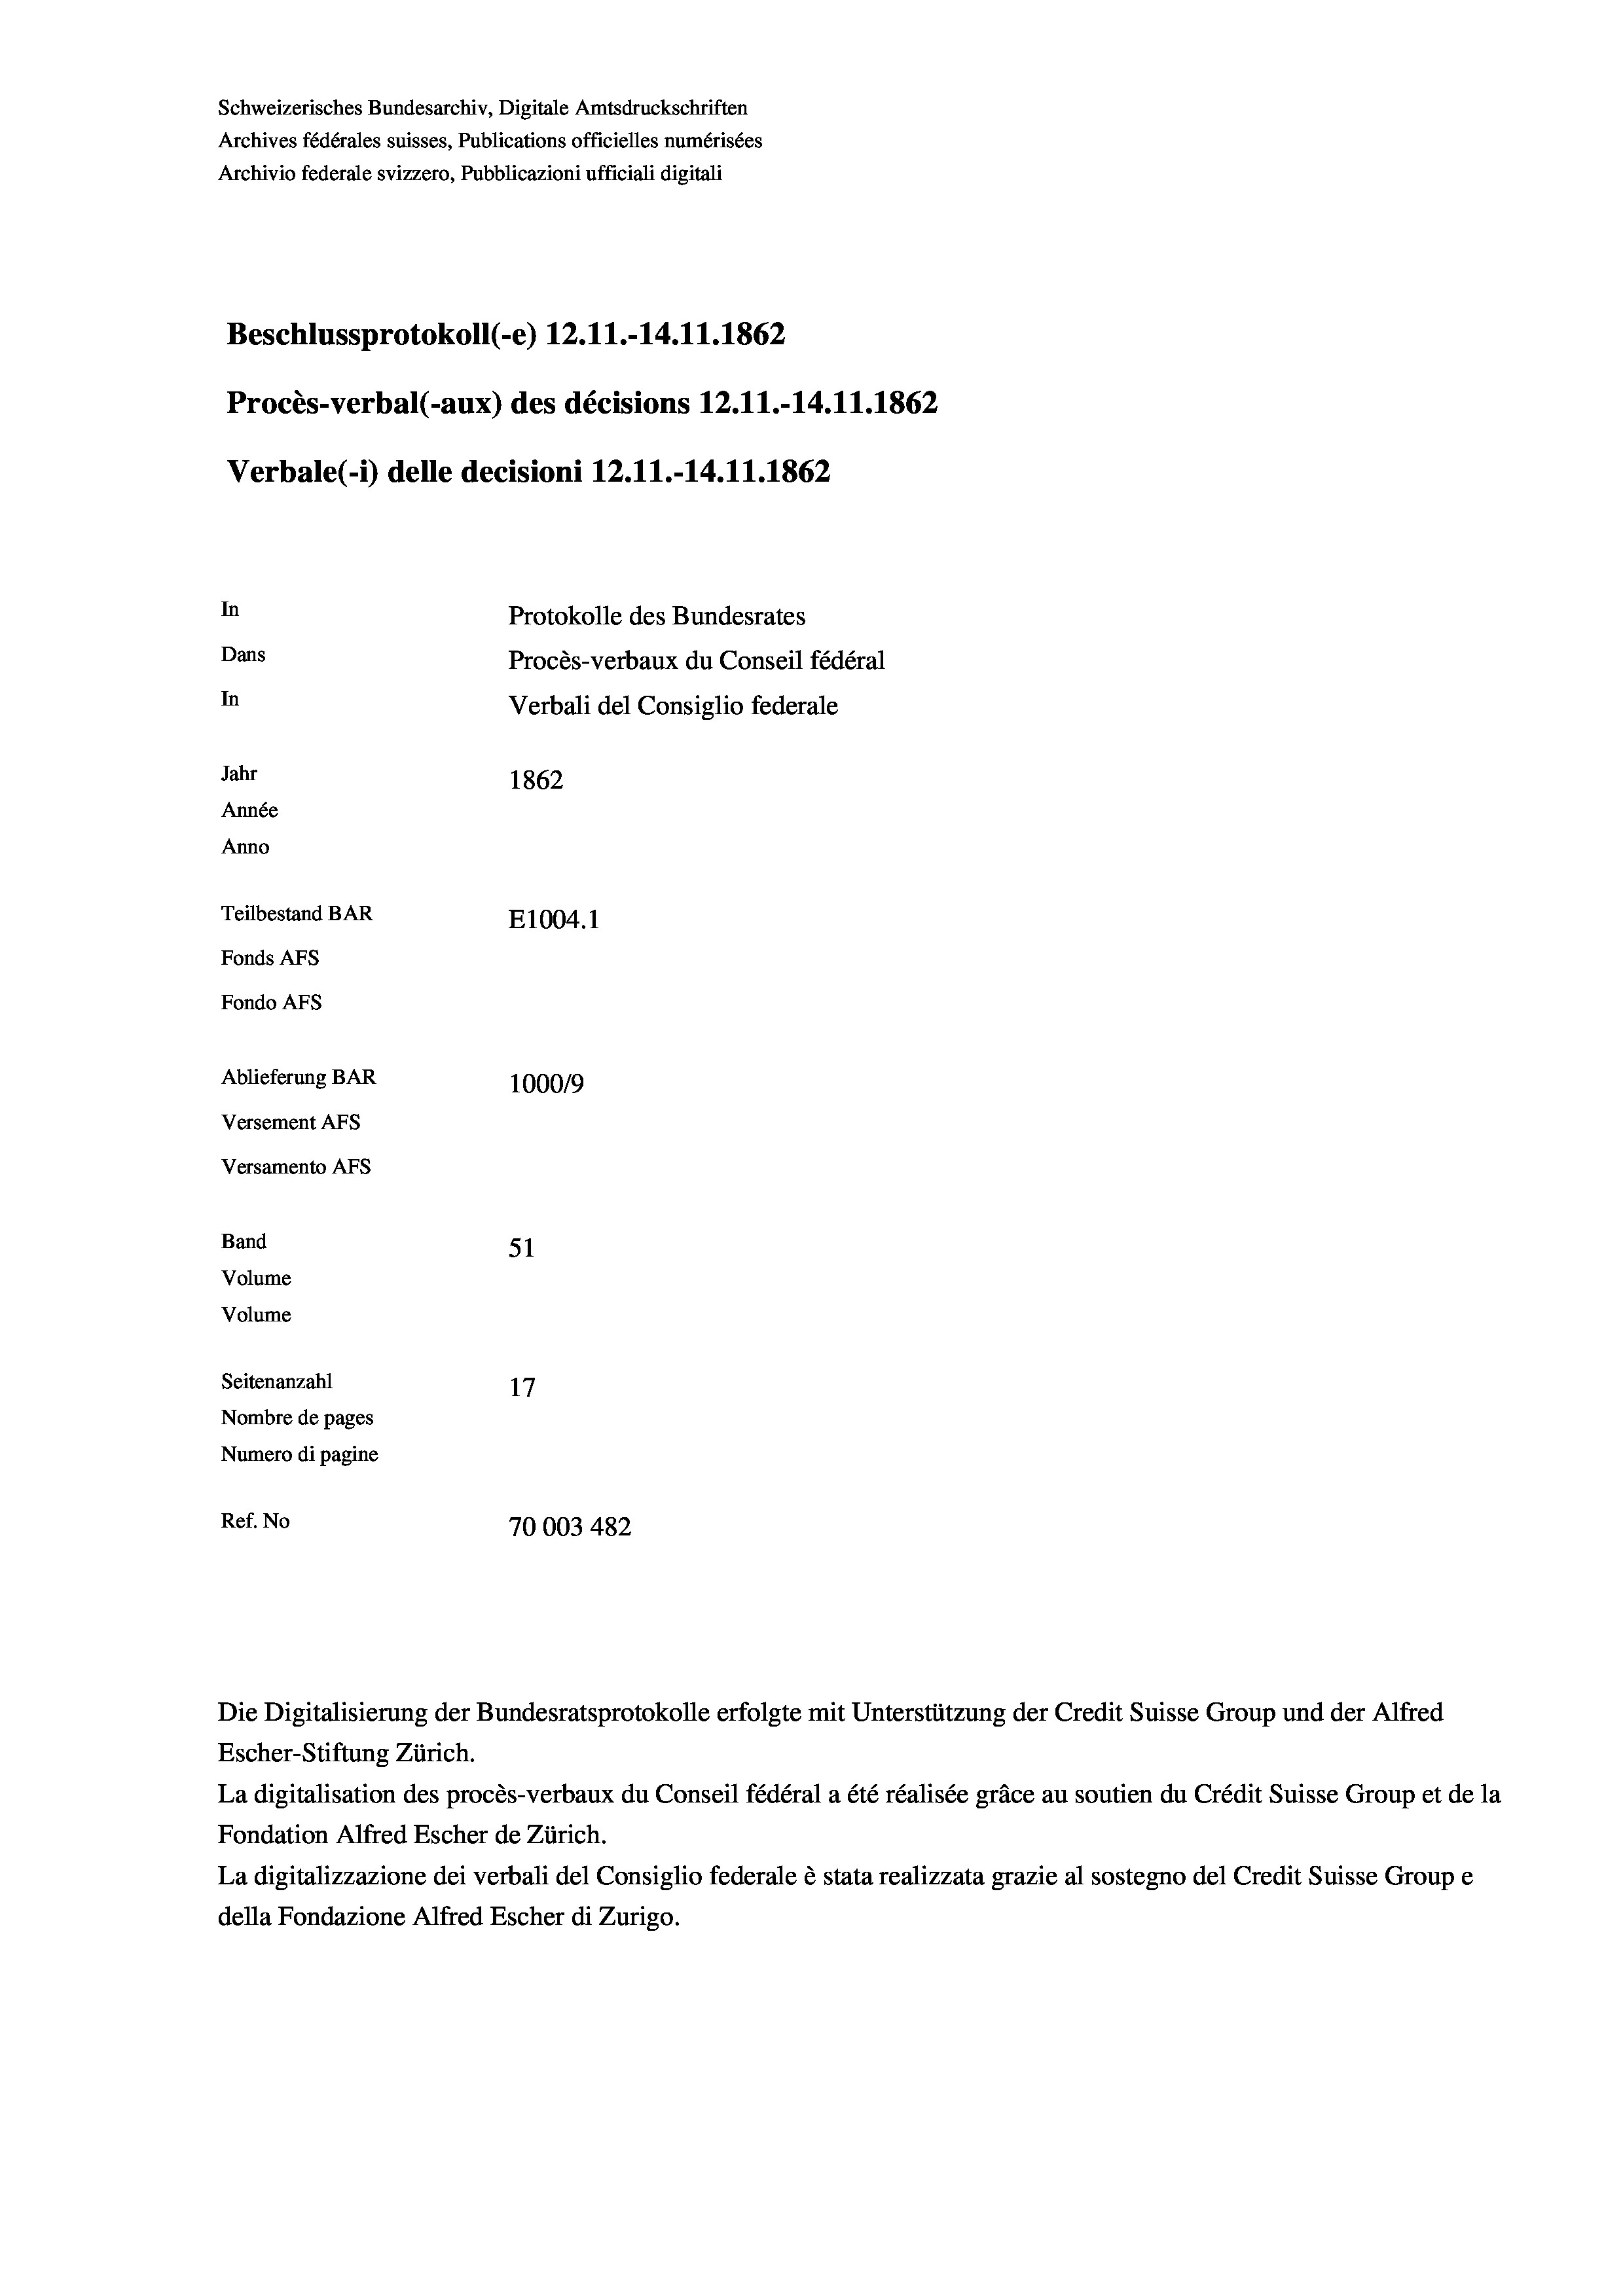
Beschlussprotokoll (-e) 12.11.-14.11.1862
Procès-verbal (-aux) des décisions 12.11.-14.11.1862
Verbale(-*) delle decisioni 12.11.-14.11.1862
In
Protokolle des Bundesrates
Dans
Procès-verbaux du Conseil fédéral
In
Verbali del Consiglio federale
Jahr
1862
Année
Anno
Teilbestand BAR
E1004. 1
Fonds AFs
Fondo Afs
Ablieferung BAR
100019
Versement Abs
Versamento Afs

Schweizerisches Bundesarchiv, Digitale Amtsdruckschriften
Archives fédérales suisses, Publications officielles numérisées
Archivio federale svizzero, Pubblicazioni ufficiali digitali

Band
Volume
Volume

51
Seitenanzahl
Nombre de pages
Numero di pagine
Ref. No
70003 482

Escher-Stiftung Zürich.
La digitalisation des procès-verbaux du Conseil fédéral a été réalisée gräce au soutien du Crédit Suisse Group et de la
Fondation Alfred Escher de Zürich.
La digitalizzazione dei verbali del Consiglio federale è stata realizzata grazie al sostegno del Credit Suisse Groupe
della Fondazione Alfred Escher di Zurigo.

Die Digitalisierung der Bundesratsprotokolle erfolgte mit Unterstützung der Credit Suisse Group und der Alfred